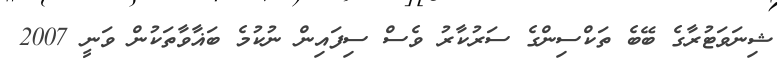
ޝިނަވަޓުރާގެ ބޭބެ ތަކްސިންގެ ސަރުކާރު ވެސް ސިފައިން ނުކުމެ ބަޣާވާތަކުން ވަނީ 2007